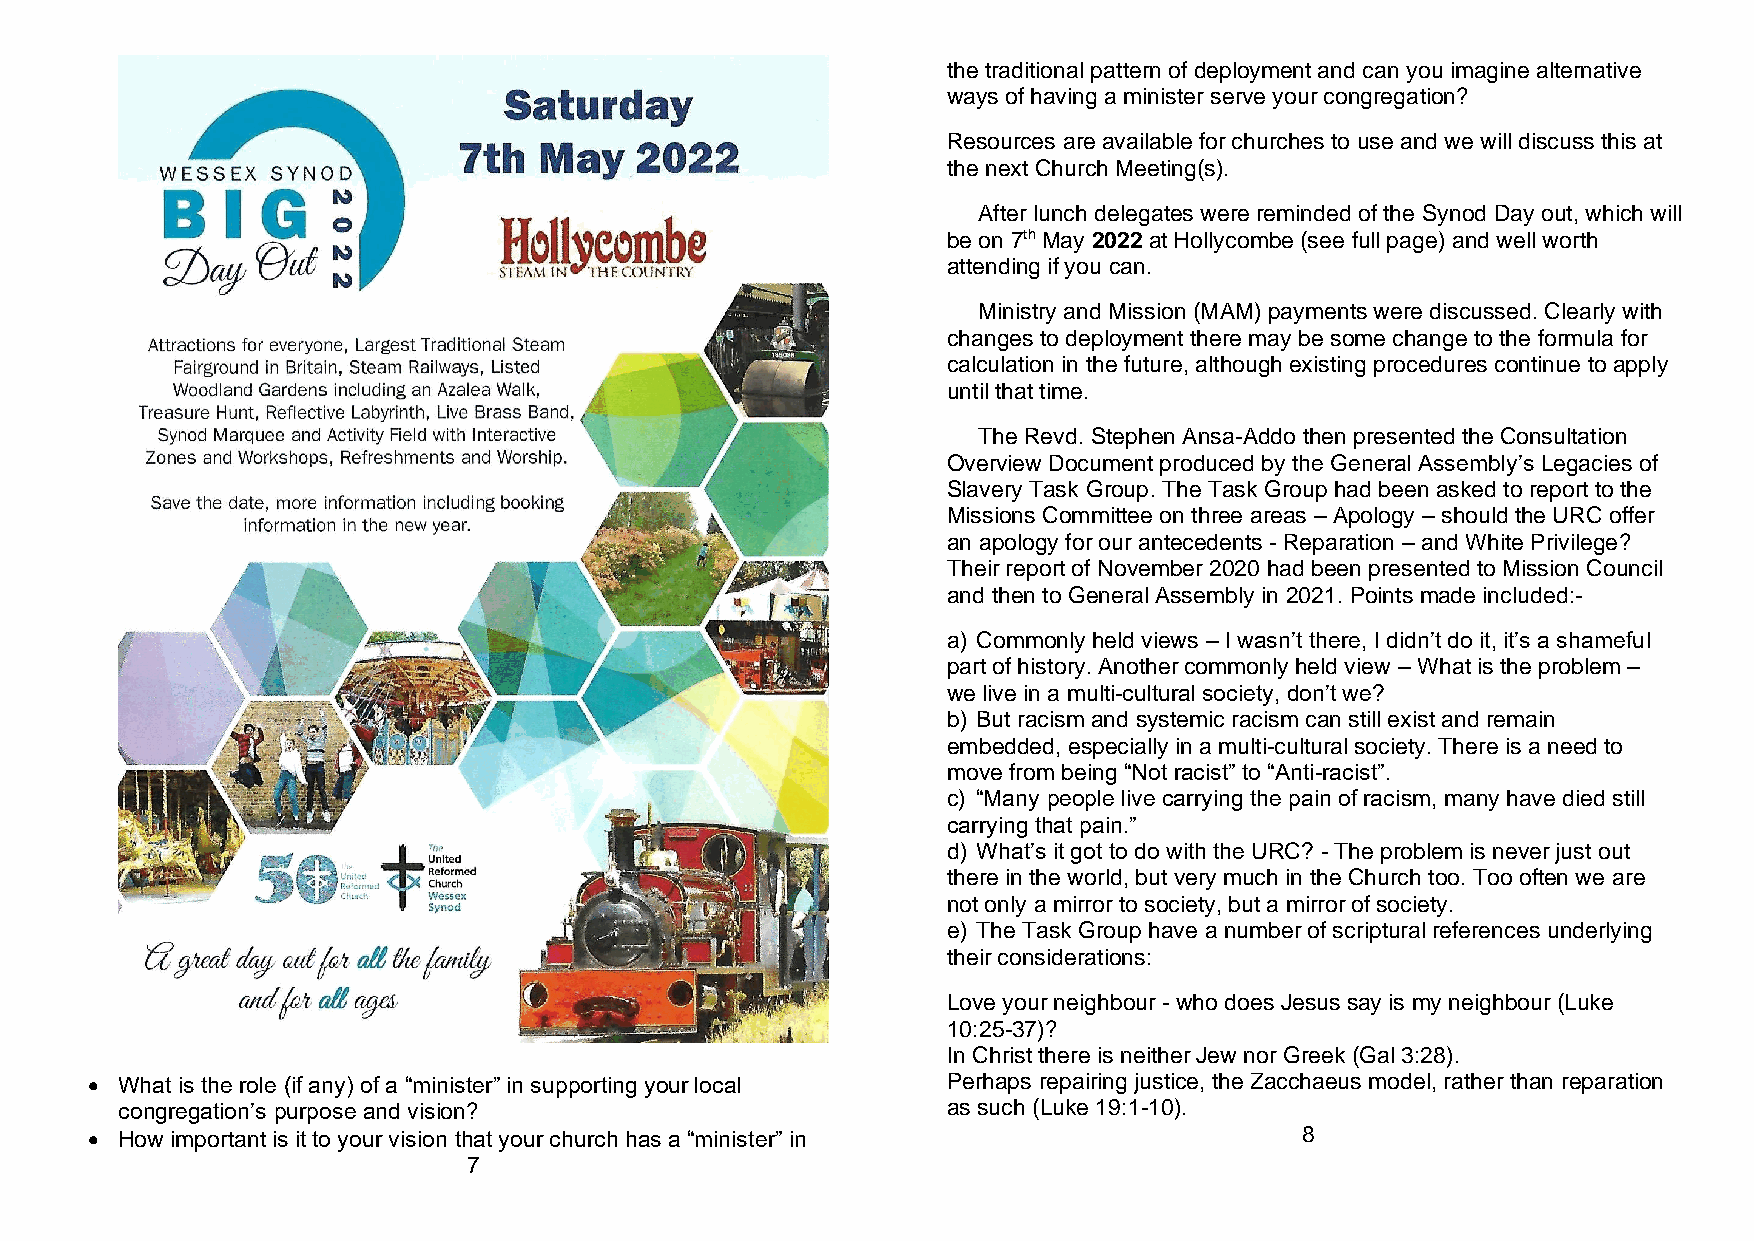
the traditional pattern of deployment and can you imagine alternative
 ways of having a minister serve your congregation?
 Resources are available for churches to use and we will discuss this at
 the next Church Meeting(s).
 After lunch delegates were reminded of the Synod Day out, which will
 be on 7th May 2022 at Hollycombe (see full page) and well worth
 attending if you can.
 Ministry and Mission (MAM) payments were discussed. Clearly with
 changes to deployment there may be some change to the formula for
 calculation in the future, although existing procedures continue to apply
 until that time.
 The Revd. Stephen Ansa-Addo then presented the Consultation
 Overview Document produced by the General Assembly’s Legacies of
 Slavery Task Group. The Task Group had been asked to report to the
 Missions Committee on three areas – Apology – should the URC offer
 an apology for our antecedents - Reparation – and White Privilege?
 Their report of November 2020 had been presented to Mission Council
 and then to General Assembly in 2021. Points made included:-
 a) Commonly held views – I wasn’t there, I didn’t do it, it’s a shameful
 part of history. Another commonly held view – What is the problem –
 we live in a multi-cultural society, don’t we?
 b) But racism and systemic racism can still exist and remain
 embedded, especially in a multi-cultural society. There is a need to
 move from being “Not racist” to “Anti-racist”.
 c) “Many people live carrying the pain of racism, many have died still
 carrying that pain.”
 d) What’s it got to do with the URC? - The problem is never just out
 there in the world, but very much in the Church too. Too often we are
 not only a mirror to society, but a mirror of society.
 e) The Task Group have a number of scriptural references underlying
 their considerations:
 Love your neighbour - who does Jesus say is my neighbour (Luke
 10:25-37)?
 In Christ there is neither Jew nor Greek (Gal 3:28).
 • What is the role (if any) of a “minister” in supporting your local Perhaps repairing justice, the Zacchaeus model, rather than reparation
 congregation’s purpose and vision?                     as such (Luke 19:1-10).
 • How important is it to your vision that your church has a “minister” in       8
 7